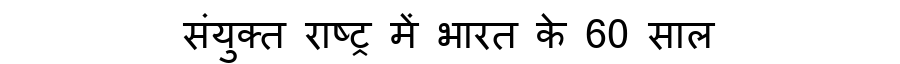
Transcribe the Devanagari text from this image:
संयुक्त राष्ट्र में भारत के 60 साल